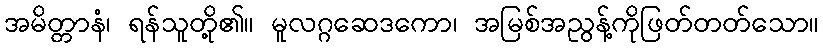
အမိတ္တာနံ၊ ရန်သူတို့၏။ မူလဂ္ဂဆေဒကော၊ အမြစ်အညွန့်ကိုဖြတ်တတ်သော။